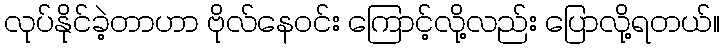
လုပ်နိုင်ခဲ့တာဟာ ဗိုလ်နေဝင်း ကြောင့်လို့လည်း ပြောလို့ရတယ်။